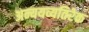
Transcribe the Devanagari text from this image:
अन्ययव्यतिरेक